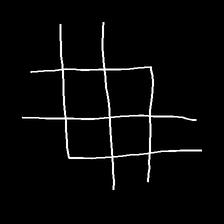
Glyph: crystal